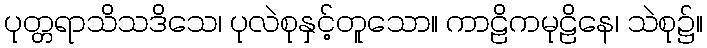
ပုတ္တရာသိသဒိသေ၊ ပုလဲစုနှင့်တူသော။ ကာဠိကမုဠိနေ၊ သဲစု၌။